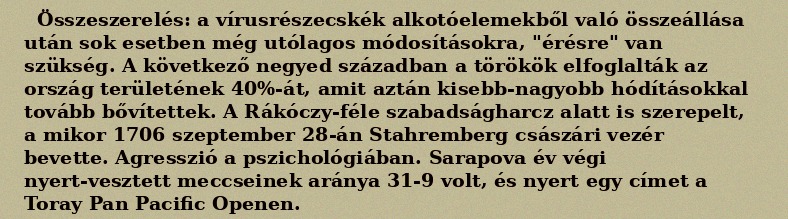
Összeszerelés: a vírusrészecskék alkotóelemekből való összeállása után sok esetben még utólagos módosításokra, "érésre" van szükség. A következő negyed században a törökök elfoglalták az ország területének 40%-át, amit aztán kisebb-nagyobb hódításokkal tovább bővítettek. A Rákóczy-féle szabadságharcz alatt is szerepelt, a mikor 1706 szeptember 28-án Stahremberg császári vezér bevette. Agresszió a pszichológiában. Sarapova év végi nyert-vesztett meccseinek aránya 31-9 volt, és nyert egy címet a Toray Pan Pacific Openen.